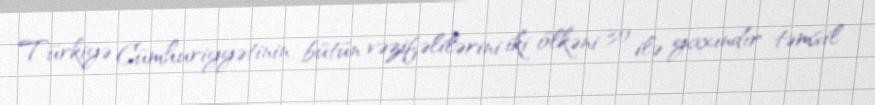
Türkiyə Cümhuriyyətinin bütün vəzifəlilərini iki ölkəni 30 ilə yaxındır təmsil